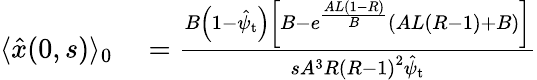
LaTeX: \begin{array}{rl}{\langle\hat{x}(0,s)\rangle_{0}}&{{}=\frac{B\left(1-\hat{\psi}_{\mathrm{t}}\right)\left[B-e^{\frac{AL(1-R)}{B}}\left(AL\left(R-1\right)+B\right)\right]}{sA^{3}R\left(R-1\right)^{2}\hat{\psi}_{\mathrm{t}}}}\end{array}